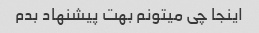
اینجا چی میتونم بهت پیشنهاد بدم